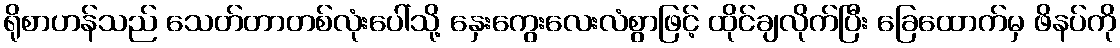
ရိုစာဟန်သည် သေတ်တာတစ်လုံးပေါ်သို့ နှေးကွေးလေးလံစွာဖြင့် ထိုင်ချလိုက်ပြီး ခြေထောက်မှ ဖိနပ်ကို